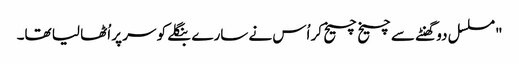
"مسلسل دو گھنٹے سے چیخ چیخ کر اُس نے سارے بنگلے کو سر پر اُٹھا لیا تھا۔